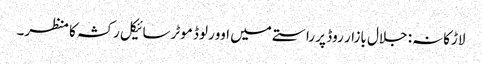
لاڑکانہ: جلال بازار روڈ پر راستے میں اوورلوڈ موٹرسائیکل رکشہ کا منظر۔